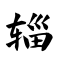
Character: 辎